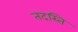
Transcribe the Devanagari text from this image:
तदस्ति